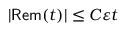
| \mathsf { R e m } ( t ) | \leq C \varepsilon t